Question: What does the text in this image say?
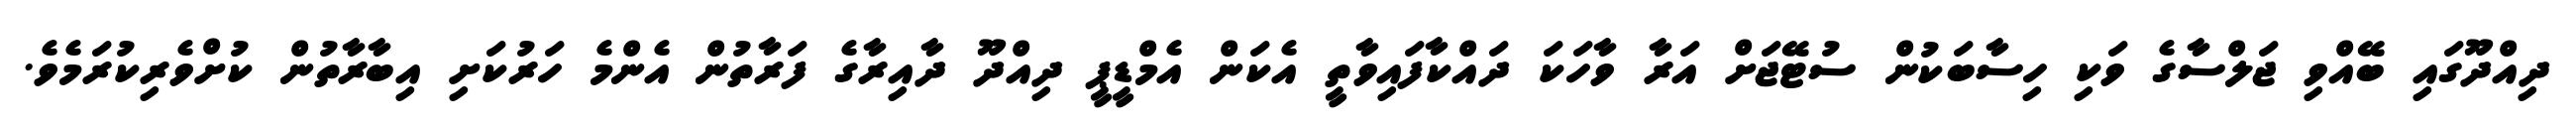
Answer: ދިއްދޫގައި ބޭއްވި ޖަލްސާގެ ވަކި ހިސާބަކުން ސުޓޭޖަށް އަރާ ވާހަކަ ދައްކާފައިވާތީ އެކަން އެމްޑީޕީ ދިއްދޫ ދާއިރާގެ ފަރާތުން އެންމެ ހަރުކަށި އިބާރާތުން ކުށްވެރިކުރަމެވެ.